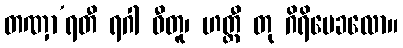
တဏှာ’ရတီ ရဂါ ဓီတူ၊ ဟတ္ထီ တု ဂိရိမေခလော။